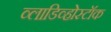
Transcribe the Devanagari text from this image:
व्लाडिव्होस्टॉक